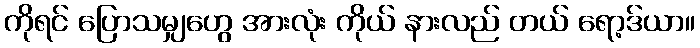
ကိုရင် ပြောသမျှဟွေ အားလုံး ကိုယ် နားလည် တယ် ရော့ဒ်ယာ။